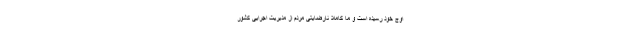
اوج خود رسیده است و ما کاملاً نارضایتی مردم از مدیریت اجرایی کشور